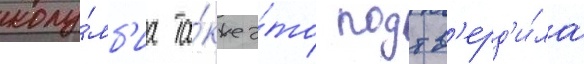
колу́мб'иа та́кже э́то подтв'ерд'и́ла